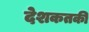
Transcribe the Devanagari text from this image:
देशकतकी